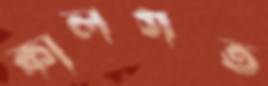
কালগত